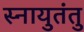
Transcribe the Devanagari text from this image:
स्नायुतंतु